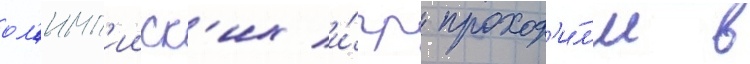
ол'имп'ииск'их и́гр проход'и́л'и в